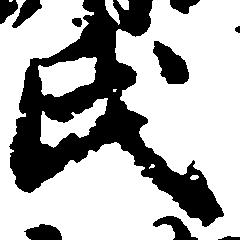
氏